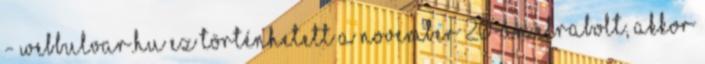
- webbulvar.hu Ez történhetett a november 20-án elrabolt, akkor